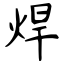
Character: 焊